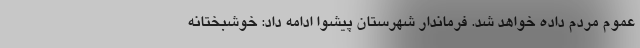
عموم مردم داده خواهد شد. فرماندار شهرستان پیشوا ادامه داد: خوشبختانه